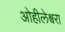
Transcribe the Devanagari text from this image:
ओहीलेश्वरा